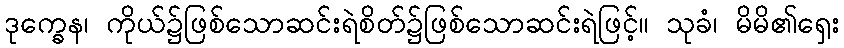
ဒုက္ခေန၊ ကိုယ်၌ဖြစ်သောဆင်းရဲစိတ်၌ဖြစ်သောဆင်းရဲဖြင့်။ သုခံ၊ မိမိ၏ရှေး